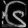
Digit: ၆